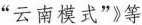
的“云南模式”》等